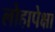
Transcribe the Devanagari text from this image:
लोहापेक्षा